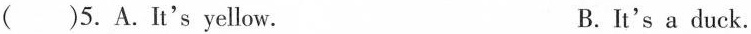
()5.A.It's yellow.B.It's a duck.